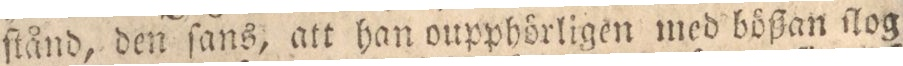
ſtånd, den ſans, att han oupphörligen med bößan ſlog